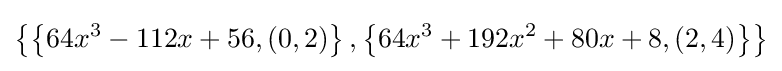
\left\{\left\{64x^{3}-112x+56,(0,2)\right\},\left\{64x^{3}+192x^{2}+80x+8,(2,4)\right\}\right\}